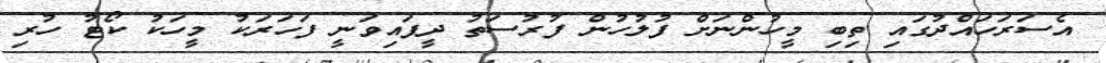
އެސަރަހައްދުގައި ތިބި މީހުންނަށް ފުލުހުން ފުރުސަތު ދީފައިވަނީ ފަހަރަކު މީހަކު ކޯޓު ހުރި